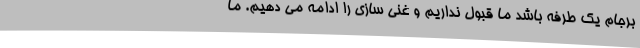
برجام یک طرفه باشد ما قبول نداریم و غنی سازی را ادامه می دهیم. ما